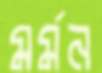
মর্মন